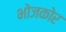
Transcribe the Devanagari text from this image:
भोजकोर